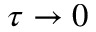
\tau \rightarrow 0